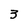
Character: 3